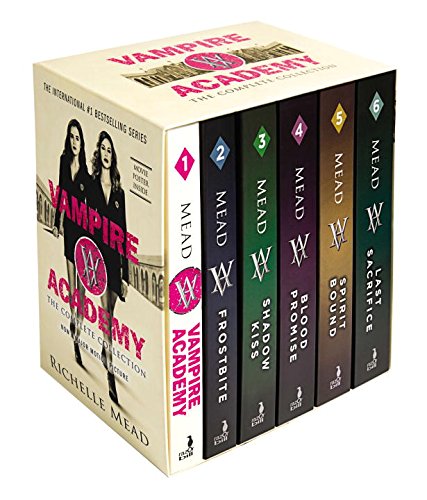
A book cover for Vampire Academy Box Set 1-6; Richelle Mead; Teen & Young Adult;